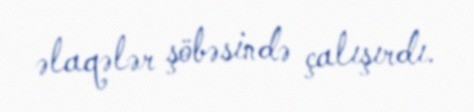
əlaqələr şöbəsində çalışırdı.